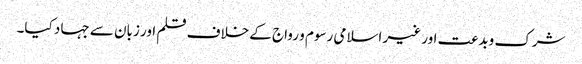
شرک وبدعت اور غیر اسلامی رسوم و رواج کے خلاف قلم اور زبان سے جہاد کیا۔